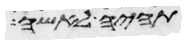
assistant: תהיה לאשה